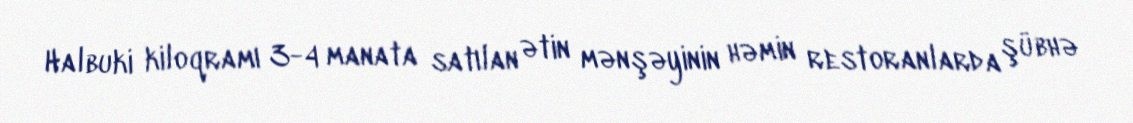
Halbuki kiloqramı 3-4 manata satılan ətin mənşəyinin həmin restoranlarda şübhə